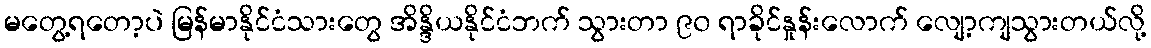
မတွေ့ရတော့ပဲ မြန်မာနိုင်ငံသားတွေ အိန္ဒိယနိုင်ငံဘက် သွားတာ ၉၀ ရာခိုင်နှုန်းလောက် လျော့ကျသွားတယ်လို့